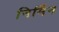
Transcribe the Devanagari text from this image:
निर्मिन